Report on the metropolitan horse fairs and district horse shows of 1892-93 - 1892-1893
Year: 1892
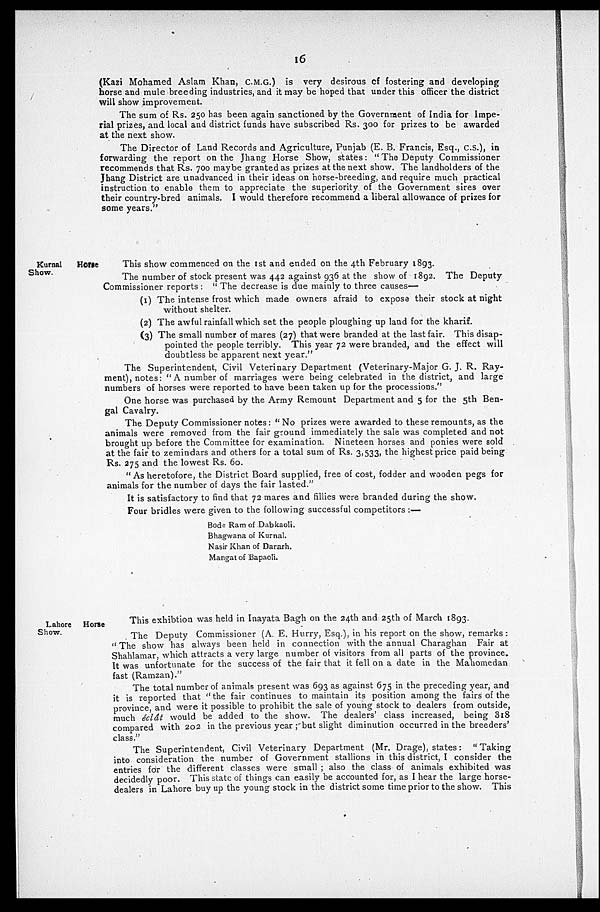
16
(Kazi Mohamed Aslam Khan, C.M.G.) is very desirous of fostering and developing
horse and mule breeding industries, and it may be hoped that under this officer the district
will show improvement.
The sum of Rs. 250 has been again sanctioned by the Government of India for Impe-
rial prizes, and local and district funds have subscribed Rs. 300 for prizes to be awarded
at the next show.
The Director of Land Records and Agriculture, Punjab (E. B. Francis, Esq., C.S.), in
forwarding the report on the Jhang Horse Show, states: "The Deputy Commissioner
recommends that Rs. 700 maybe granted as prizes at the next show. The landholders of the
Jhang District are unadvanced in their ideas on horse-breeding, and require much practical
instruction to enable them to appreciate the superiority of the Government sires over
their country-bred animals. I would therefore recommend a liberal allowance of prizes for
some years."
Kurnal Horse
Show.
This show commenced on the 1st and ended on the 4th February 1893.
The number of stock present was 442 against 936 at the show of 1892. The Deputy
Commissioner reports: "The decrease is due mainly to three causes—
(1) The intense frost which made owners afraid to expose their stock at night
without shelter.
(2) The awful rainfall which set the people ploughing up land for the kharif.
(3) The small number of mares (27) that were branded at the last fair. This disap-
pointed the people terribly. This year 72 were branded, and the effect will
doubtless be apparent next year."
The Superintendent, Civil Veterinary Department (Veterinary-Major G. J. R. Ray-
ment), notes: "A number of marriages were being celebrated in the district, and large
numbers of horses were reported to have been taken up for the processions."
One horse was purchased by the Army Remount Department and 5 for the 5th Ben-
gal Cavalry.
The Deputy Commissioner notes: "No prizes were awarded to these remounts, as the
animals were removed from the fair ground immediately the sale was completed and not
brought up before the Committee for examination. Nineteen horses and ponies were sold
at the fair to zemindars and others for a total sum of Rs. 3,533, the highest price paid being
Rs. 275 and the lowest Rs. 60.
"As heretofore, the District Board supplied, free of cost, fodder and wooden pegs for
animals for the number of days the fair lasted."
It is satisfactory to find that 72 mares and fillies were branded during the show.
Four bridles were given to the following successful competitors:—
Bode Ram of Dabkaoli.
Bhagwana of Kurnal.
Nasir Khan of Dararh.
Mangat of Bapaoli.
Lahore Horse
Show.
This exhibtion was held in Inayata Bagh on the 24th and 25th of March 1893.
The Deputy Commissioner (A. E. Hurry, Esq.), in his report on the show, remarks;
"The show has always been held in connection with the annual Charaghan Fair at
Shahlamar, which attracts a very large number of visitors from all parts of the province.
It was unfortunate for the success of the fair that it fell on a date in the Mahomedan
fast (Ramzan)."
The total number of animals present was 693 as against 675 in the preceding year, and
it is reported that "the fair continues to maintain its position among the fairs of the
province, and were it possible to prohibit the sale of young stock to dealers from outside,
much éclât would be added to the show. The dealers' class increased, being 318
compared with 202 in the previous year; but slight diminution occurred in the breeders'
class."
The Superintendent, Civil Veterinary Department (Mr. Drage), states: "Taking
into consideration the number of Government stallions in this district, I consider the
entries for the different classes were small; also the class of animals exhibited was
decidedly poor. This state of things can easily be accounted for, as I hear the large horse-
dealers in Lahore buy up the young stock in the district some time prior to the show. This